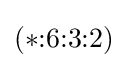
(*{:}6{:}3{:}2)